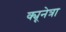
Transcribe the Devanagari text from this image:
क्यूनेत्रा